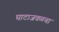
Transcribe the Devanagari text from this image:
घाटाजवळचा